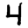
Digit: 4